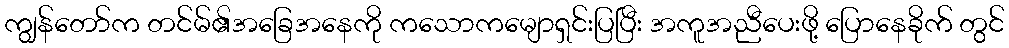
ကျွန်တော်က တင်မ်၏အခြေအနေကို ကသောကမျောရှင်းပြပြီး အကူအညီပေးဖို့ ပြောနေခိုက် တွင်